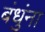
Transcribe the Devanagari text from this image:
बंधुंना